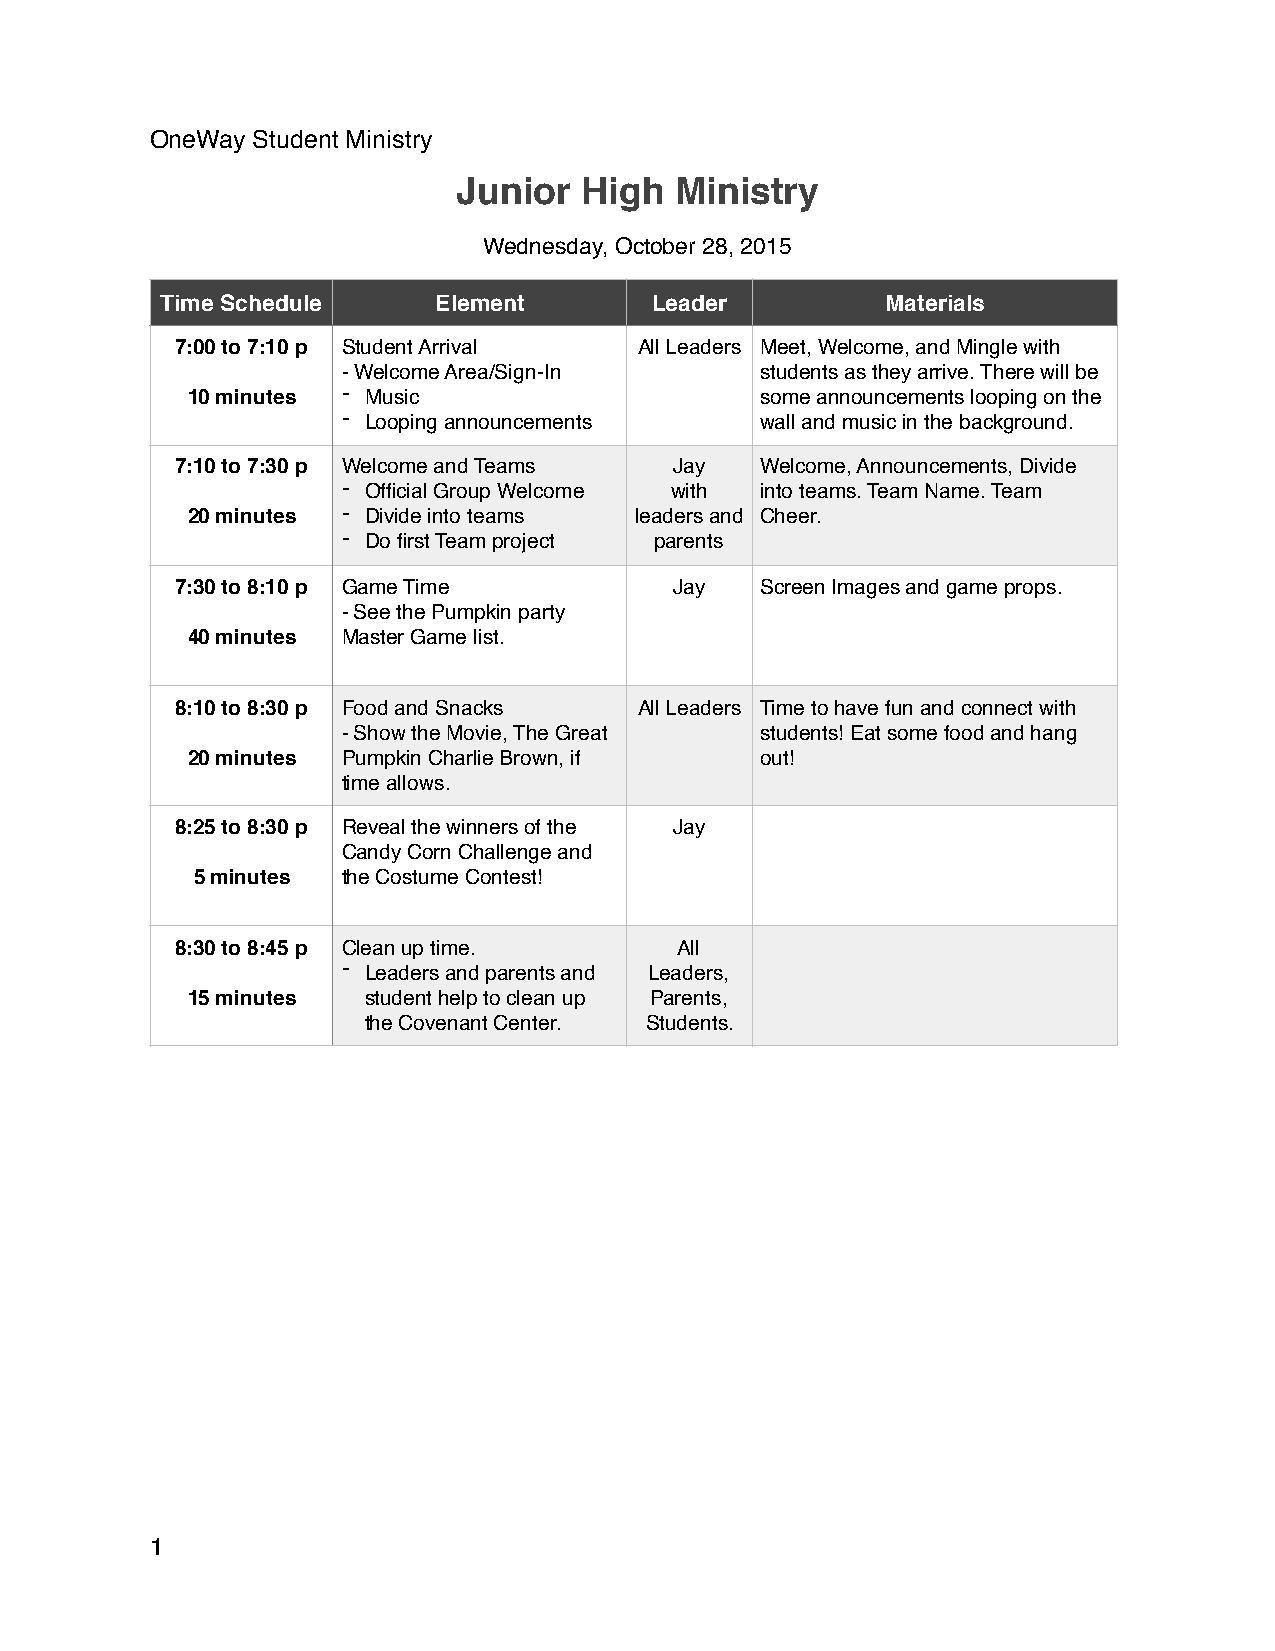
OneWay Student Ministry
 Junior  High   Ministry
 Wednesday, October 28, 2015
 Time Schedule     Element       Leader          Materials
 7:00 to 7:10 p Student Arrival All Leaders Meet, Welcome, and Mingle with
 - Welcome Area/Sign-In     students as they arrive. There will be
 -
 10 minutes  Music                     some announcements looping on the
 -
 Looping announcements     wall and music in the background.
 7:10 to 7:30 p Welcome and Teams Jay  Welcome, Announcements, Divide
 - Official Group Welcome with into teams. Team Name. Team
 20 minutes - Divide into teams leaders and Cheer.
 - Do first Team project parents
 7:30 to 8:10 p Game Time         Jay  Screen Images and game props.
 - See the Pumpkin party
 40 minutes Master Game list.
 8:10 to 8:30 p Food and Snacks All Leaders Time to have fun and connect with
 - Show the Movie, The Great students! Eat some food and hang
 20 minutes Pumpkin Charlie Brown, if  out!
 time allows.
 8:25 to 8:30 p Reveal the winners of the Jay
 Candy Corn Challenge and
 5 minutes the Costume Contest!
 8:30 to 8:45 p Clean up time.    All
 -
 Leaders and parents and Leaders,
 15 minutes  student help to clean up Parents,
 the Covenant Center. Students.
 1